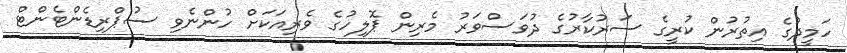
ހަމީދުގެ އިތުރުން ކުރީގެ ސަރުކާރުގެ ދުވަސްވަރު މެރިން ޕޮލިހުގެ ވެރިއަކަށް ހުންނެވި ސުޕްރިޑެންޓެންޓް